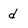
Character: d